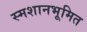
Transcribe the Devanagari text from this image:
स्मशानभूमित